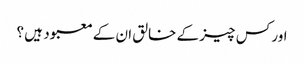
اور کس چیز کے خالق ان کے معبود ہیں ؟